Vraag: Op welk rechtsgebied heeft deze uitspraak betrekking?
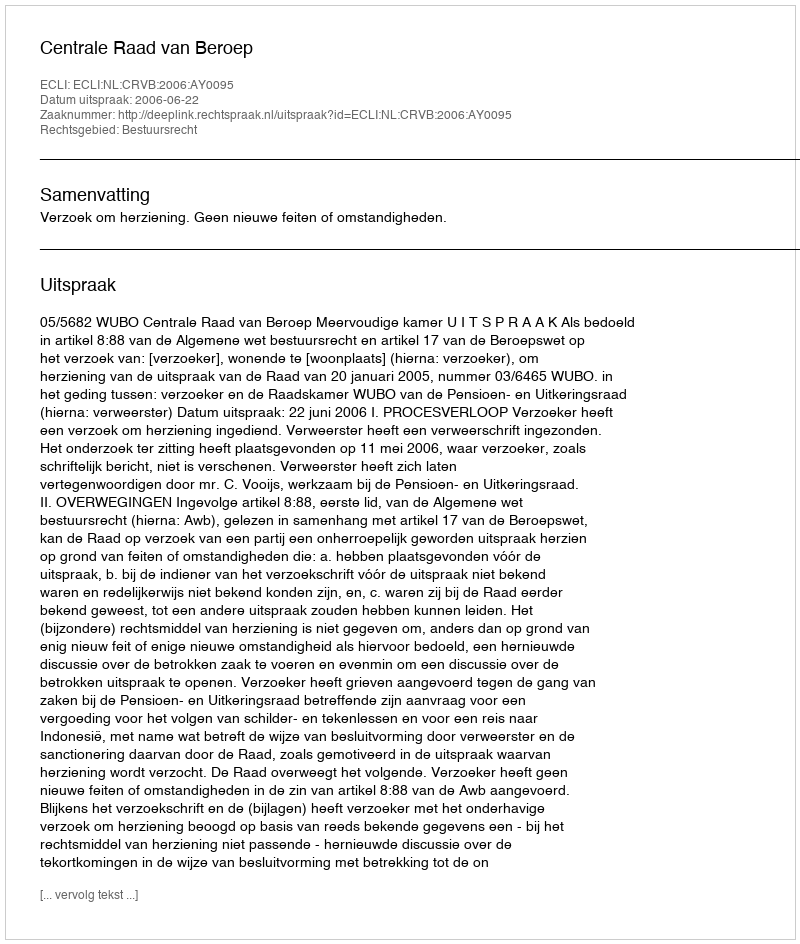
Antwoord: Bestuursrecht